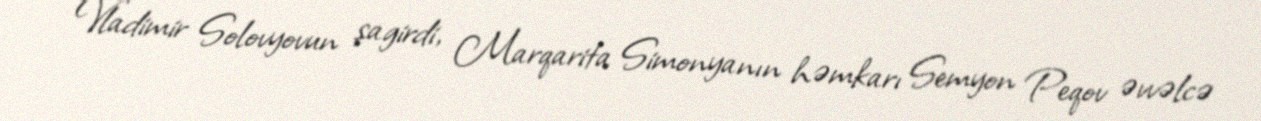
Vladimir Solovyovun şagirdi, Marqarita Simonyanın həmkarı Semyon Peqov əvvəlcə